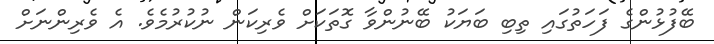
ބޭފުޅުންގެ ފަހަތުގައި ތިބި ބަޔަކު ބޭނުންވާ ގޮތަކަށް ވެރިކަން ނުކުރުމެވެ. އެ ވެރިންނަށް